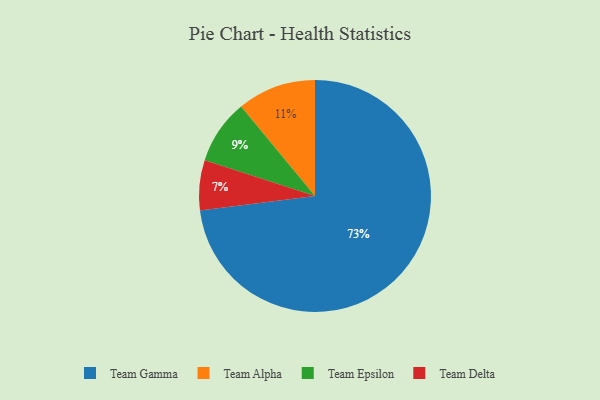
{"axis": {"x": "Category", "y": "Percentage"}, "legend": ["Team Alpha", "Team Delta", "Team Epsilon", "Team Gamma"], "data": [{"x": "Team Gamma", "y": 73, "type": "Team Gamma"}, {"x": "Team Epsilon", "y": 9, "type": "Team Epsilon"}, {"x": "Team Alpha", "y": 11, "type": "Team Alpha"}, {"x": "Team Delta", "y": 7, "type": "Team Delta"}]}